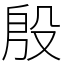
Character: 殷